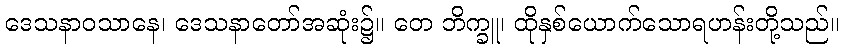
ဒေသနာဝသာနေ၊ ဒေသနာတော်အဆုံး၌။ တေ ဘိက္ခူ၊ ထိုနှစ်ယောက်သောရဟန်းတို့သည်။